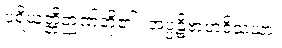
ပရိယတ္တိဉာဏ်တို့၏။ အပ္ပဋိဗာဟဝိသယာ၊